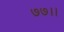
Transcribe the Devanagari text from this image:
७७।।